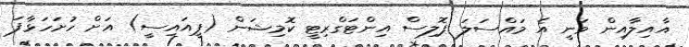
އާއިލާއިން ވަނީ އެ މައްސަލަ ޕޮލިސް އިންޓަގްރިޓީ ކޮމިޝަން (ޕީއައިސީ) އަށް ހުށަހަޅާފަ